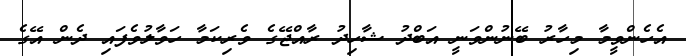
އެހެންވީމާ މިހާރު ބޭނުންވަނީ އަބްދު ޝާހިދު ރާއްޖޭގެ ވެރިކަމާ ހަވާލުވެފައި ދެން އޭގެ